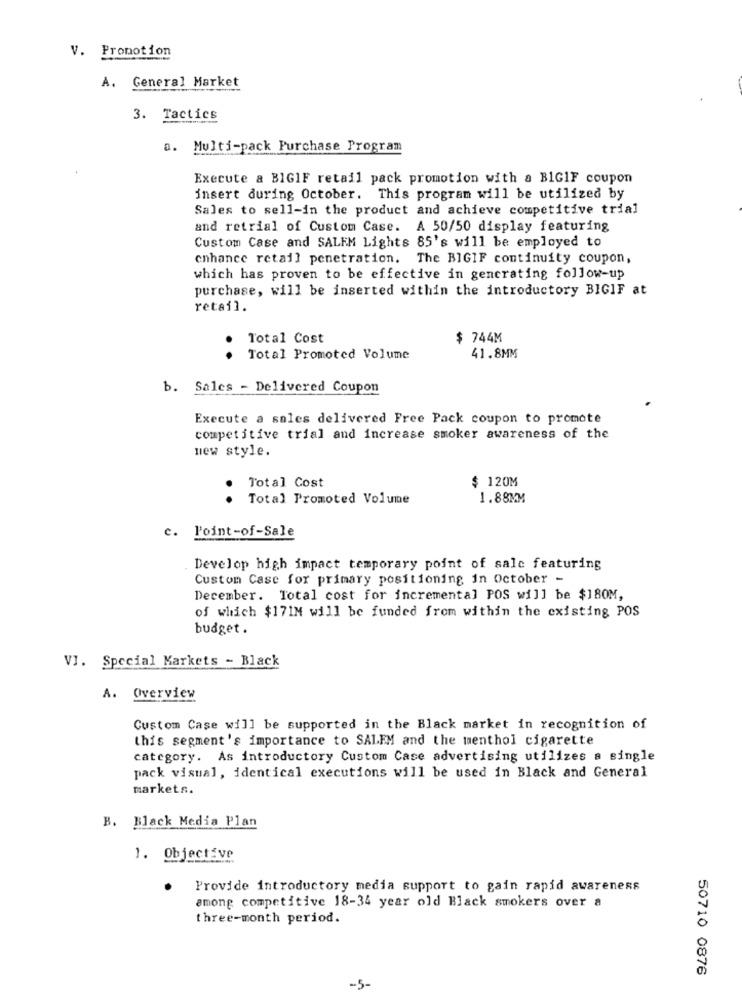
V. Promotion
A. General Market
3. Tactics
a. Multi-pack Purchase Program
Execute a BIGIF retail pack promotion with a BIGIF coupon
insert during October. This program will be utilized by
Sales to sell-in the product and achieve competitive trial
and retrial of Custom Case. A 50/50 display featuring
Custom Case and SALEM Lights 85's will be employed to
enhance retail penetration. The BIGIF continuity coupon,
which has proven to be effective in generating follow-up
purchase, will be inserted within the introductory BIGIF at
retail.
Total Cost
$ 744M
..
Total Promoted Volume
41.8MM
b. Sales - Delivered Coupon
Execute a sales delivered Free Pack coupon to promote
competitive trial and increase smoker awareness of the
new style.
Total Cost
$ 120M
. .
Total Promoted Volume
1.88MM
c. P'oint-of-Sale
Develop high impact temporary point of sale featuring
Custom Case for primary positioning in October -
December. Total cost for incremental POS will be $180M,
of which $171M will be funded from within the existing POS
budget.
VI. Special Markets - Black
A. Overview
Custom Case will be supported in the Black market in recognition of
this segment's importance to SALEM and the menthol cigarette
category. As introductory Custom Case advertising utilizes a single
pack visual, identical executions will be used in Black and General
markets.
B. Black Media Plan
1. Objective
Provide introductory media support to gain rapid awareness
among competitive 18-34 year old Black smokers over a
three-month period.
50710 0876
-5-